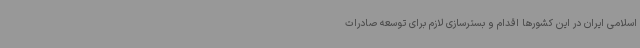
اسلامی ایران در این کشورها اقدام و بسترسازی لازم برای توسعه صادرات